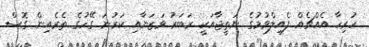
ހުރިހާ އެއްޗެއް ފެއިލްވުމުގެ ނަތީޖާއަކީ ރަބަރު ވަޒަނާއި ކަރުނަ ގޭހުގެ ތެރެއިން ގޮސް